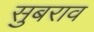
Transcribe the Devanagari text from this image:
सुबराव